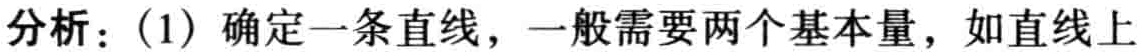
分析：(1) 确定一条直线，一般需要两个基本量，如直线上